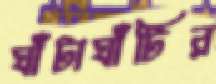
ঘাঁটাঘাঁটির